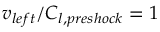
v _ { l e f t } / C _ { l , p r e s h o c k } = 1